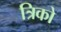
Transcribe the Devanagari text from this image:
त्रिको